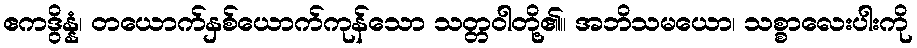
ဧကဒွိန္နံ၊ တယောက်နှစ်ယောက်ကုန်သော သတ္တဝါတို့၏။ အဘိသမယော၊ သစ္စာလေးပါးကို